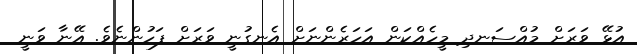
އުޅޭ ވަރަށް މުއްސަނދި މީހެއްކަން އަހަރެންނަށް އެނގުނީ ވަރަށް ފަހުންނެވެ. އޭނާ ވަނީ